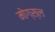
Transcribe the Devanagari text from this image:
मोग्स्ल